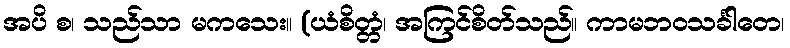
အပိ စ၊ သည်သာ မကသေး။ (ယံစိတ္တံ၊ အကြင်စိတ်သည်။ ကာမဘဝသင်္ခါတေ၊